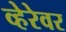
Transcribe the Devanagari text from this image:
व्हेरेवर